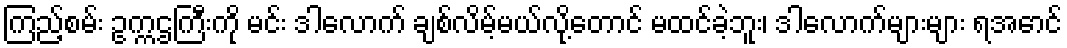
ကြည့်စမ်း ဥက္ကဌကြီးကို မင်း ဒါလောက် ချစ်လိမ့်မယ်လို့တောင် မထင်ခဲ့ဘူး၊ ဒါလောက်များများ ရအောင်